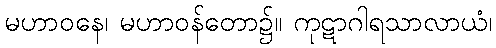
မဟာဝနေ၊ မဟာဝန်တော၌။ ကုဋာဂါရသာလာယံ၊